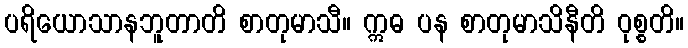
ပရိယောသာနဘူတာတိ စာတုမာသီ။ ဣဓ ပန စာတုမာသိနီတိ ဝုစ္စတိ။